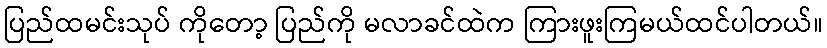
ပြည်ထမင်းသုပ် ကိုတော့ ပြည်ကို မလာခင်ထဲက ကြားဖူးကြမယ်ထင်ပါတယ်။